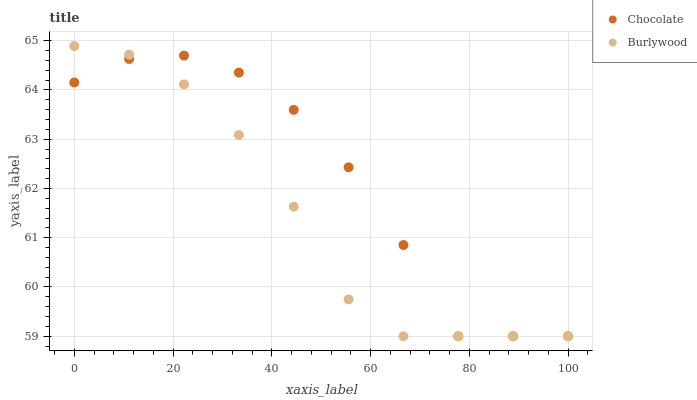
| xaxis_label | Chocolate | Burlywood |
 | --- | --- | --- |
 | 0 | 64.2 | 64.9 |
 | 11.1 | 64.6 | 64.7 |
 | 22.2 | 64.7 | 64.1 |
 | 33.3 | 64.4 | 63.1 |
 | 44.4 | 63.6 | 61.6 |
 | 55.6 | 62.4 | 59.7 |
 | 66.7 | 60.9 | 59 |
 | 77.8 | 59 | 59 |
 | 88.9 | 59 | 59 |
 | 100 | 59 | 59 |